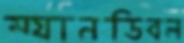
ম্যানডিবল